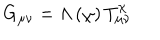
G _ { \mu \nu } = \Lambda \left( \chi \right) T _ { \mu \nu } ^ { \chi }